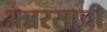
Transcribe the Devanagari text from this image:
अन्नरसाची